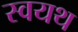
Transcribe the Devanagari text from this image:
स्वयथ